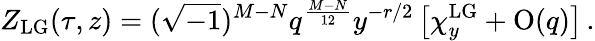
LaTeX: Z_{\mathrm{LG}}(\tau,z)=(\sqrt{-1})^{M-N}q^{\frac{M-N}{12}}y^{-r/2}\left[\chi_{y}^{\mathrm{LG}}+\mathrm{O}(q)\right]\, .